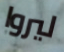
ليروا